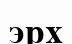
эрх